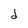
Character: d